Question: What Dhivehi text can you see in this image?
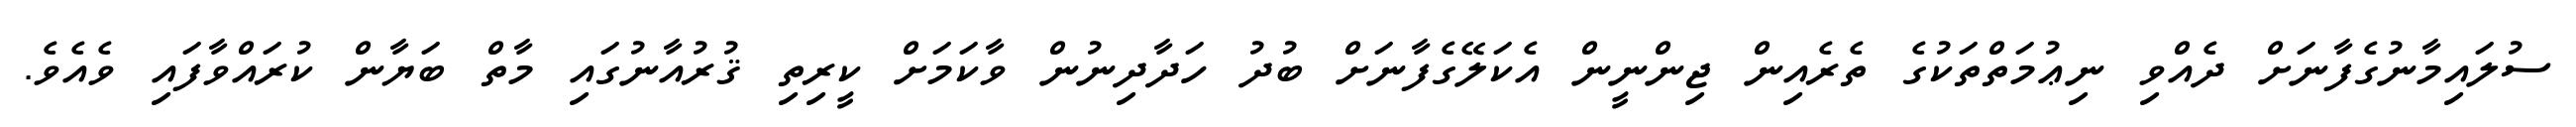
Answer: ސުލައިމާނުގެފާނަށް ދެއްވި ނިޢުމަތްތަކުގެ ތެރެއިން ޖިންނީން އެކަލޭގެފާނަށް ބުދު ހަދާދިނުން ވާކަމަށް ކީރިތި ޤުރުއާނުގައި މާތް ބަޔާން ކުރައްވާފައި ވެއެވެ.